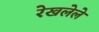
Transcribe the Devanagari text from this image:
रेखलेले